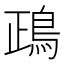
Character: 鴊